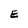
Character: E